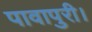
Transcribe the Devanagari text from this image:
पावापुरी।